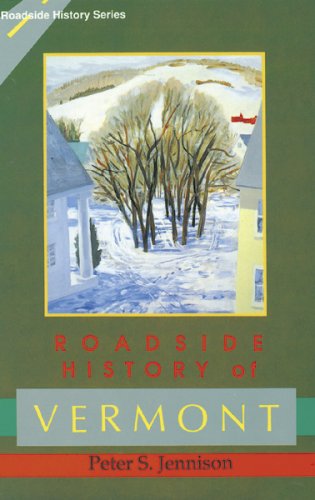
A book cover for Roadside History of Vermont (Roadside History Series); Peter S. Jennison; Travel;